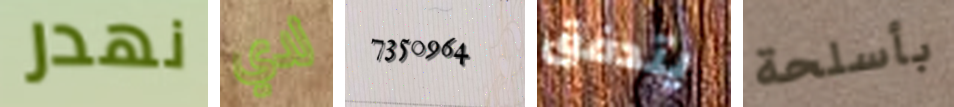
نهدر لدي 7350964 يتدفق بأسلحة